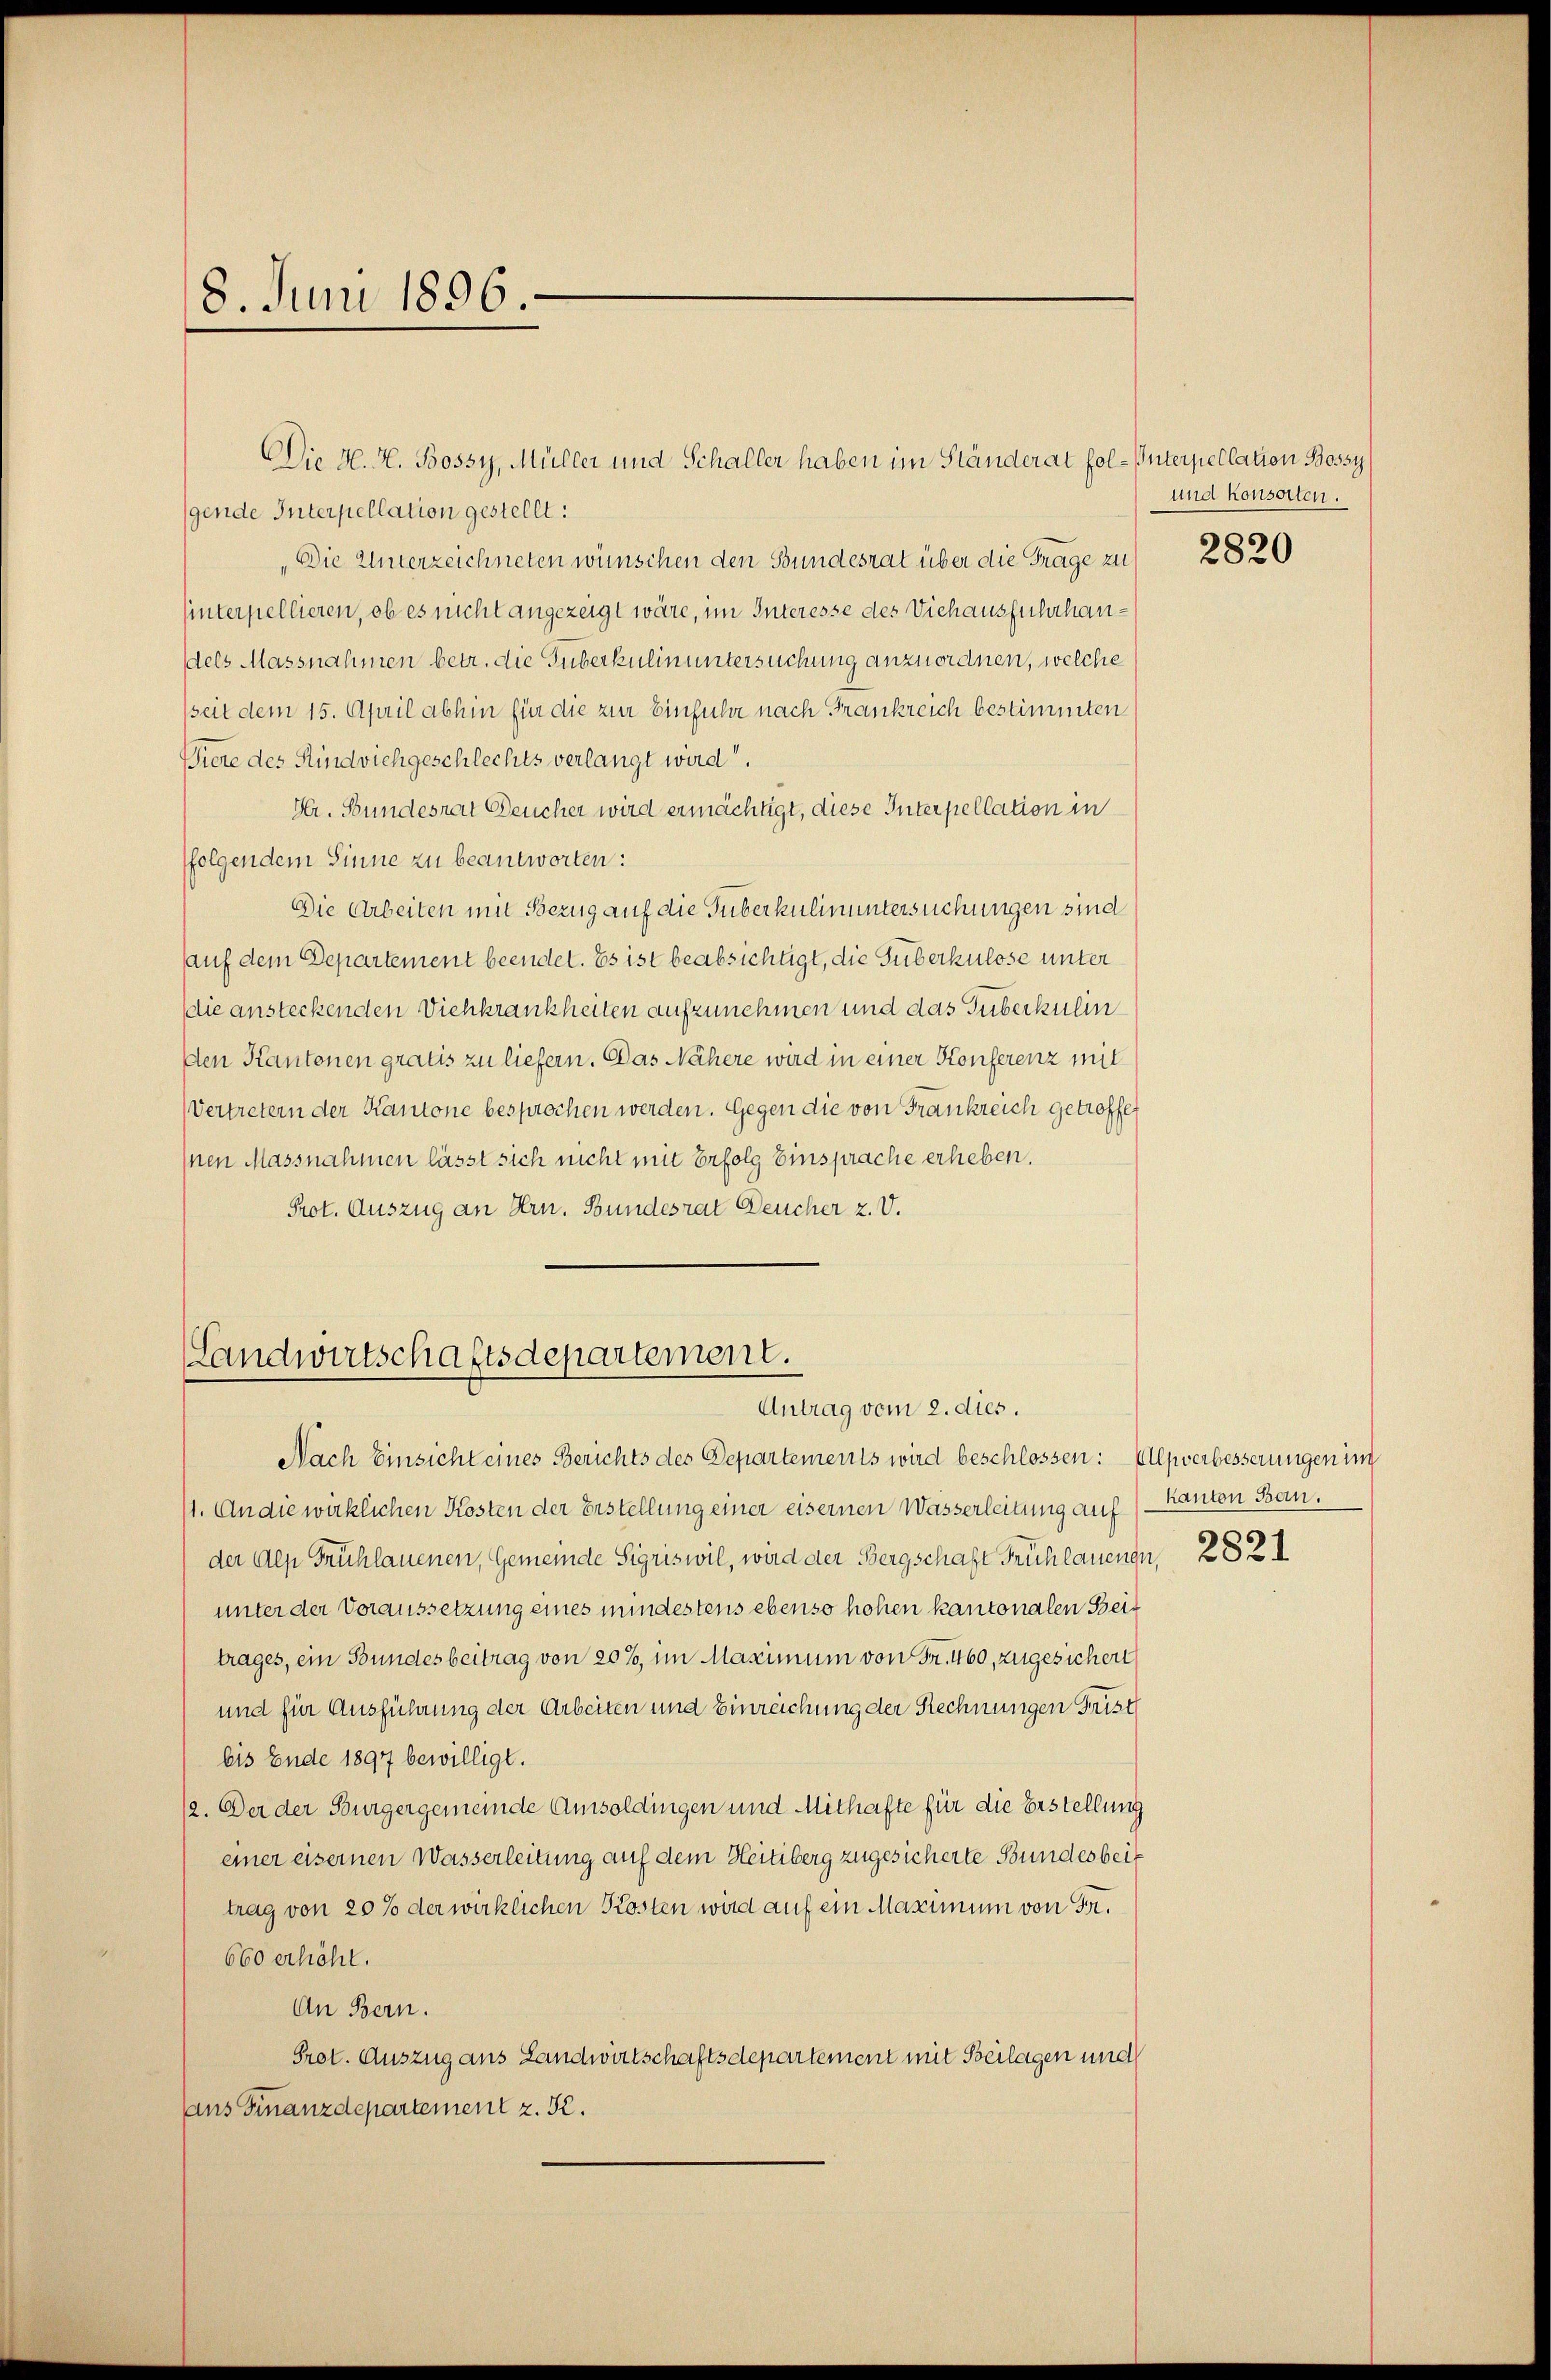
18. Juni 1896.

gende Interpellation gestellt:
Die Unterzeichneten wünschen den Bundesrat über die Frage zu
sinterpellieren, ob es nicht angezeigt wäre, im Interesse des Viehausfuhrhaudels Massnahmen betr. die Guberkulinuntersuchung anzuordnen, welche
sseit dem 15. April abhin für die zur Einführe nach Frankreich bestimmten
Tiere des Rindviehgeschlechts verlangt wird.
Hr. Bundesrat Deucher wird ermächtigt, diese Interpellation in
folgendem Sinne zu beantworten:
Die Arbeiten mit Bezug auf die Guberkulinuntersuchungen sind
auf dem Departement beendet. Es ist beabsichtigt, die Guberkulose unter
die ansteckenden Viehkrankheiten aufzunehmen und das Guberkulin
den Kantonen gratis zu liefern. Das Nähere wird in einer Konferenz mit
Vertretern der Kantone besprochen werden. Gegen die von Frankreich getroffe
Inen Massnahmen lässt sich nicht mit Erfolg Einsprache erheben.
Prot. Auszug an Hrn. Bundesrat Deucher z. V.

Die H. H. Bossy, Müller und Schaller haben im Ständerat fol-Interpellation Bossy

Landwirtschaftsdepartement.
Antrag vom 2. dies.

Nach Einsicht eines Berichts des Departements wird beschlossen: Alpverbesserungen im

und konsorten.

1. An die wirklichen Kosten der Erstellung einer eisernen Wasserleitung auf
der Alp Frühlauenen, Gemeinde Sigriswil, wird der Bergschaft Frühlauenge 2824
unter der Voraussetzung eines mindestens ebenso hohen kantonalen Beitrages, ein Bundesbeitrag von 20%, im Maximum von Fr. 460, zugesichen
und für Ausführung der Arbeiten und Einreichung der Rechnungen Frist
bis Ende 1897 bewilligt.
12. Der der Burgergemeinde Amsoldingen und Mithafte für die Erstellung
einer eisernen Wasserleitung auf dem Heitiberg zugesicherte Bundesbeitrag von 20 % der wirklichen Kosten wird auf ein Maximum von Fr.
660 erhöht.
An Bern.
Prot. Auszug aus Landwirtschaftsdepartement mit Beilagen und
ans Finanzdepartement z. B.

2820

kanton Bau.